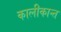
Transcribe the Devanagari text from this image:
कालीकान्त